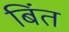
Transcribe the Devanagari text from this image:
बिंत